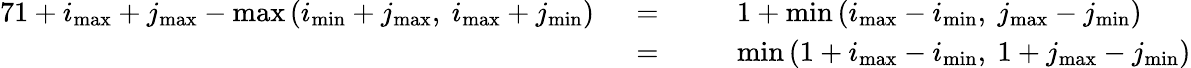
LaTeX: \begin{array}{rlrl}{{7}1+i_{\mathrm{max}}+j_{\mathrm{max}}-\operatorname*{max}{\left(i_{\mathrm{min}}+j_{\mathrm{max}},~i_{\mathrm{max}}+j_{\mathrm{min}}\right)}~~}&{=~~}&&{1+\operatorname*{min}{\left(i_{\mathrm{max}}-i_{\mathrm{min}},~j_{\mathrm{max}}-j_{\mathrm{min}}\right)}}\\ &{=}&&{\operatorname*{min}{\left(1+i_{\mathrm{max}}-i_{\mathrm{min}},~1+j_{\mathrm{max}}-j_{\mathrm{min}}\right)}}\end{array}